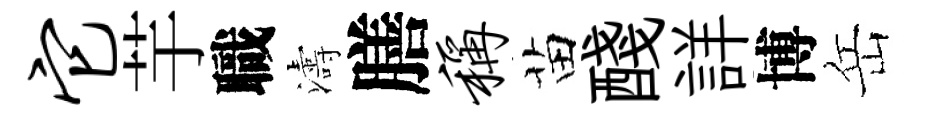
它芋職濤膳称苗醆詳博岳